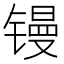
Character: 镘